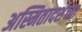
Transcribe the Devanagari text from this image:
अस्मितादर्शच्या